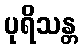
ပုရိသန္တ